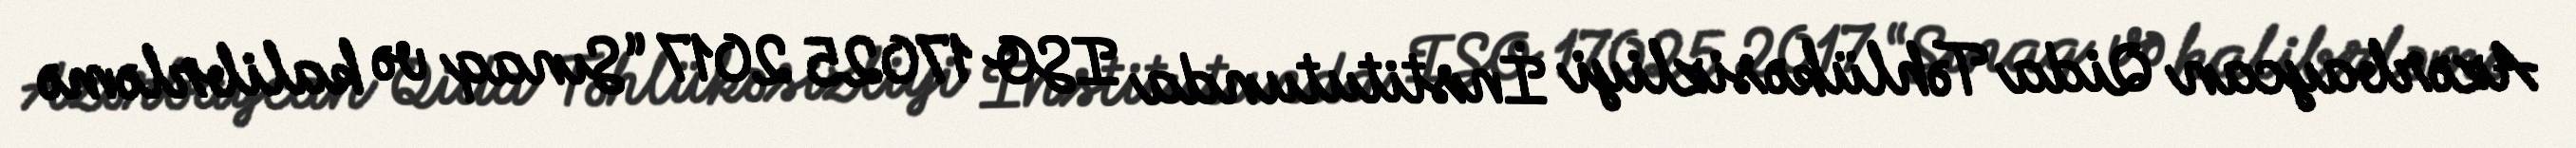
Azərbaycan Qida Təhlükəsizliyi İnstitutunda ISO 17025 2017 “Sınaq və kalibrləmə